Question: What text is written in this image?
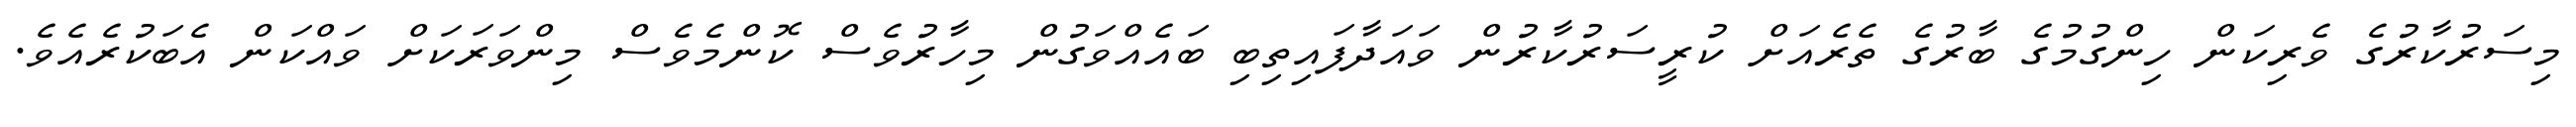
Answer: މިސަރުކާރުގެ ވެރިކަން ހިންގުމުގެ ބާރުގެ ތެރެއަށް ކުރީސަރުކާރުން ވައަދާފައިތިބި ބައެއްވަގުން މިހާރުވެސް ކޮންމެވެސް މިންވަރަކަށް ވައްކަން އެބަކުރެއެވެ.